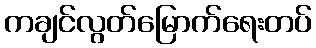
ကချင်လွတ်မြောက်ရေးတပ်